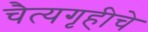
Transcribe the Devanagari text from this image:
चैत्यगृहीचे